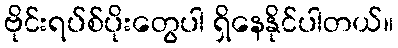
ဗိုင်းရပ်စ်ပိုးတွေပါ ရှိနေနိုင်ပါတယ်။